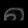
Digit: ၈